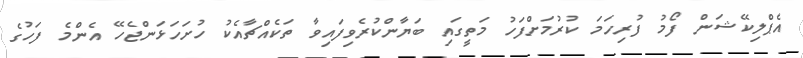
އެޕްލިކޭޝަން ފޯމު ފުރިހަމަ ކުރުމަށްފަހު މަތީގައި ބަޔާންކުރެވިފައިވާ ތަކެއްޗާއެކު ހުށަހަޅަންޖެހޭ އެންމެ ފަހުގެ